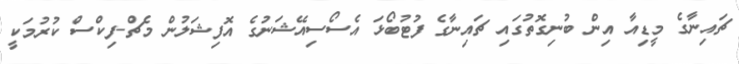
ޗައިނާގެ މީޑިއާ އިން ބުނިގޮތުގައި ޗައިނާގެ ފުޓުބޯޅަ އެސޯސިއޭޝަނުގެ އޮފިޝަލުން މެޗް-ފިކްސް ކުރުމަކީ